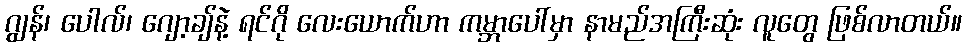
ဂျွန်၊ ပေါလ်၊ ဂျော့ချ်နဲ့ ရင်ဂို လေးယောက်ဟာ ကမ္ဘာပေါ်မှာ နာမည်အကြီးဆုံး လူတွေ ဖြစ်လာတယ်။